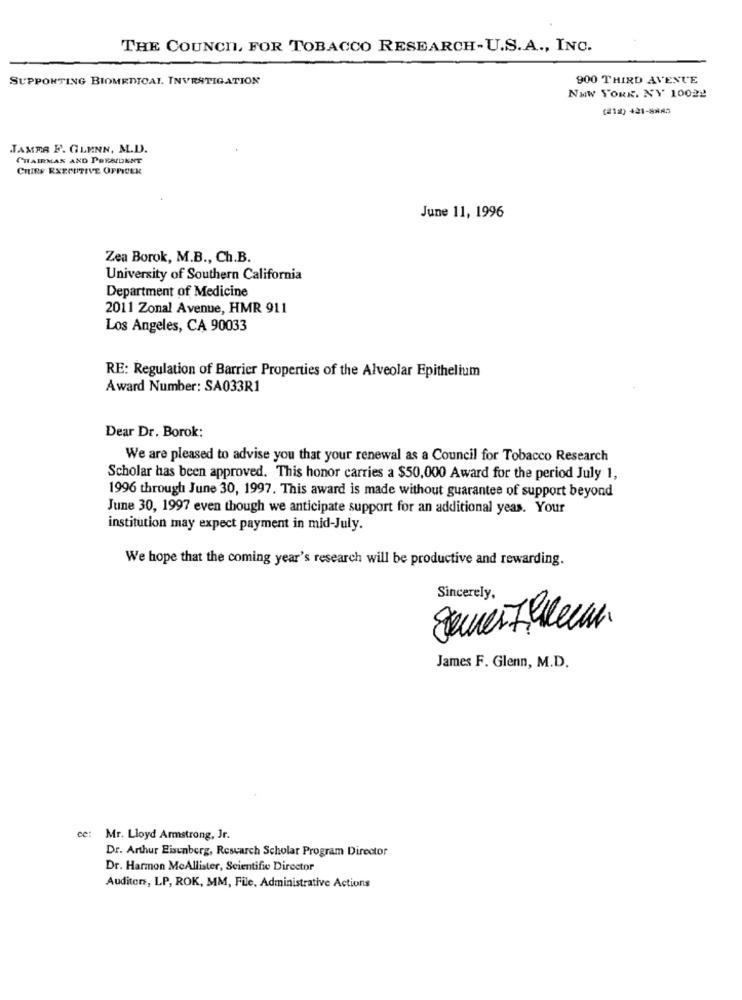
THE COUNCN, FOR TOBACCO RESEARCH-U.S.A ., INC.
SUPPORTING BIOMEDICAL. INVESTIGATION
900 THIRD AVENUE
NEW YORK, NY 10022
(212) 421-8885
TAMRA F. GLENN, M.D.
CHAIRMAN AND PRESIDENT
CHIEF EXECUTIVE OFFICER
June 11, 1996
Zea Borok, M.B ., Ch.B.
University of Southern California
Department of Medicine
2011 Zonal Avenue, HMR 911
Los Angeles, CA 90033
RE: Regulation of Barrier Properties of the Alveolar Epithelium
Award Number: SA033R1
Dear Dr. Borok:
We are pleased to advise you that your renewal as a Council for Tobacco Research
Scholar has been approved. This honor carries a $50,000 Award for the period July 1,
1996 through June 30, 1997. This award is made without guarantee of support beyond
June 30, 1997 even though we anticipate support for an additional yeas. Your
institution may expect payment in mid-July.
We hope that the coming year's research will be productive and rewarding.
Sincerely,
James F. Glenn, M.D.
ce:
Mr. Lloyd Armstrong, Jr.
Dr. Arthur Eisenberg, Research Scholar Program Director
Dr. Harmon McAllister, Scientific Director
Auditor, LP, ROK, MM, File, Administrative Actions